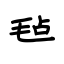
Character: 毡